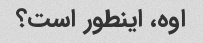
اوه، اینطور است؟